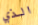
الذي